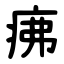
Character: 疿